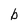
Character: b